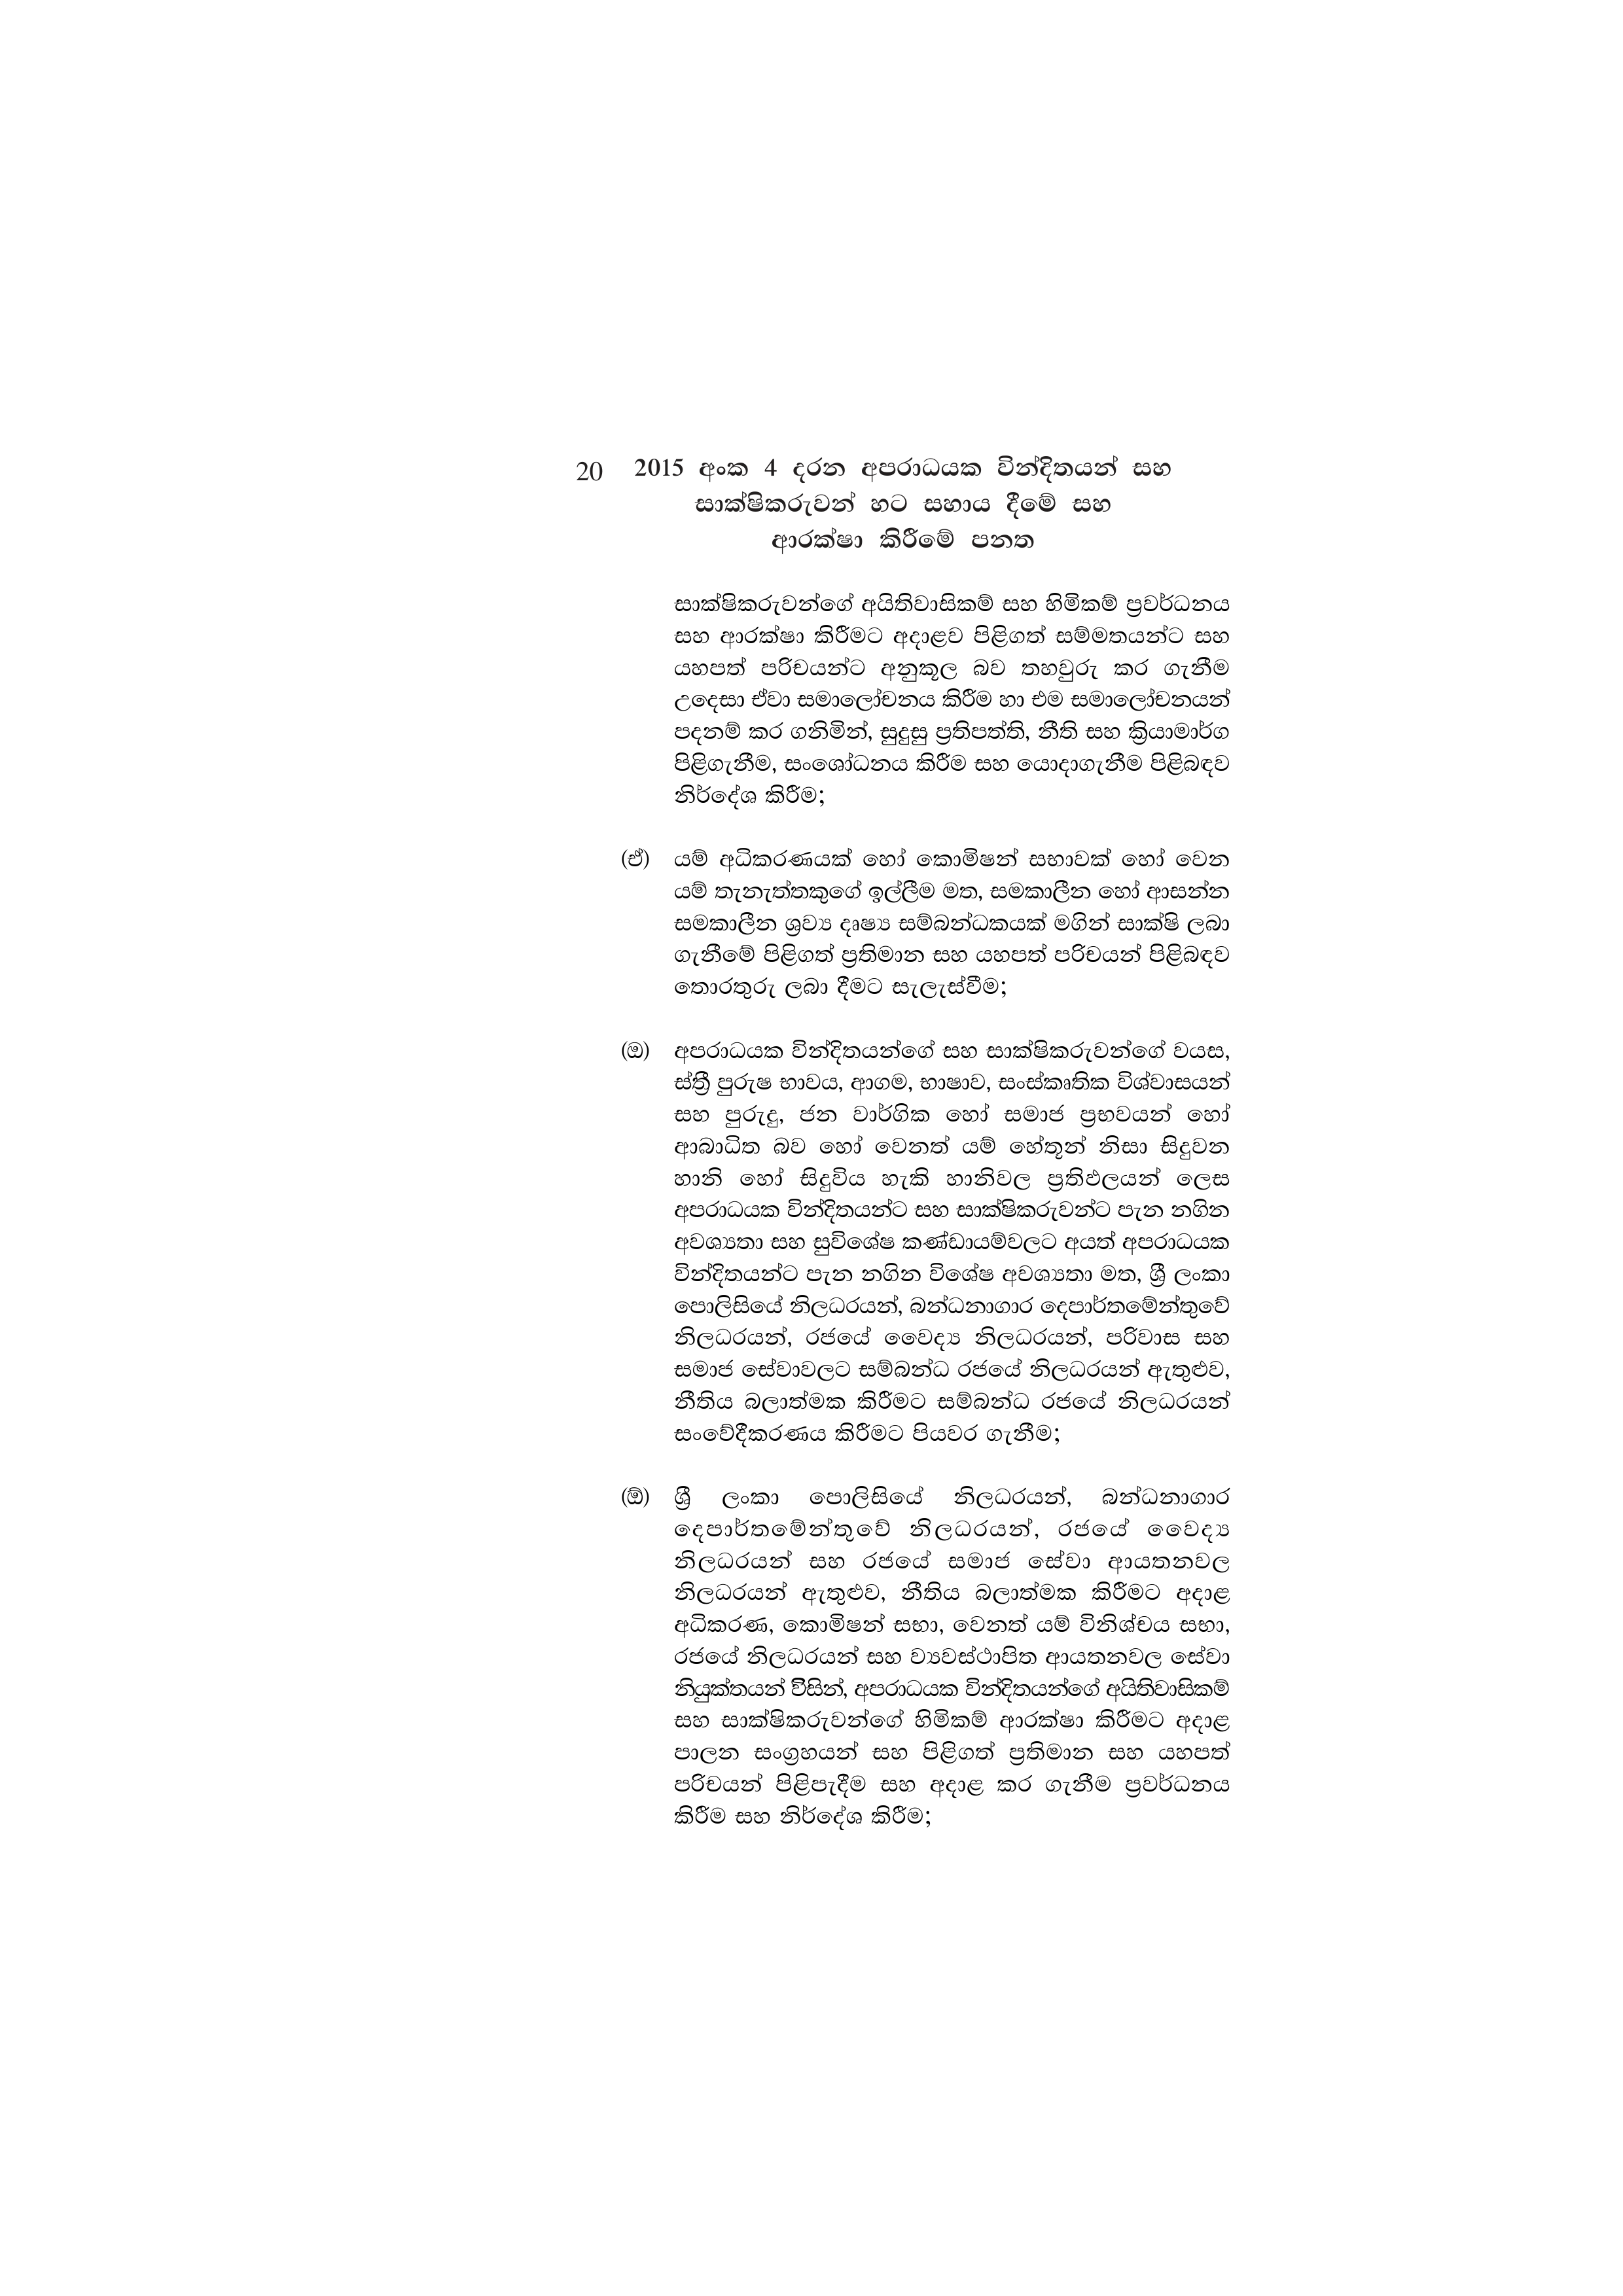
20 2015 අංක 4 දරන අපරාධයක වින්දිතයන් සහ
සාක්ෂිකරුවන් හට සහාය දීමේ සහ
ආරක්ෂා කිරීමේ පනත

සාක්ෂිකරුවන්ගේ අයිතිවාසිකම් සහ හිමිකම් ප්‍රවර්ධනය
සහ ආරක්ෂා කිරීමට අදාළව පිළිගත් සම්මතයන්ට සහ
යහපත් පරිචයන්ට අනුකූල බව තහවුරු කර ගැනීම
උදෙසා ඒවා සමාලෝචනය කිරීම හා එම සමාලෝචනයන්
පදනම් කර ගනිමින්, සුදුසු ප්‍රතිපත්ති, නීති සහ ක්‍රියාමාර්ග
පිළිගැනීම, සංශෝධනය කිරීම සහ යොදාගැනීම පිළිබඳව
නිර්දේශ කිරීම;

(ඒ) යම් අධිකරණයක් හෝ කොමිෂන් සභාවක් හෝ වෙන
යම් තැනැත්තකුගේ ඉල්ලීම මත, සමකාලීන හෝ ආසන්න
සමකාලීන ශ්‍රව්‍ය දෘෂ්‍ය සම්බන්ධකයක් මගින් සාක්ෂි ලබා
ගැනීමේ පිළිගත් ප්‍රතිමාන සහ යහපත් පරිචයන් පිළිබඳව
තොරතුරු ලබා දීමට සැලැස්වීම;

(ඔ) අපරාධයක වින්දිතයන්ගේ සහ සාක්ෂිකරුවන්ගේ වයස,
ස්ත්‍රී පුරුෂ භාවය, ආගම, භාෂාව, සංස්කෘතික විශ්වාසයන්
සහ පුරුදු, ජන වාර්ගික හෝ සමාජ ප්‍රභවයන් හෝ
ආබාධිත බව හෝ වෙනත් යම් හේතූන් නිසා සිදුවන
හානි හෝ සිදුවිය හැකි හානිවල ප්‍රතිඵලයන් ලෙස
අපරාධයක වින්දිතයන්ට සහ සාක්ෂිකරුවන්ට පැන නගින
අවශ්‍යතා සහ සුවිශේෂ කණ්ඩායම්වලට අයත් අපරාධයක
වින්දිතයන්ට පැන නගින විශේෂ අවශ්‍යතා මත, ශ්‍රී ලංකා
පොලිසියේ නිලධරයන්, බන්ධනාගාර දෙපාර්තමේන්තුවේ
නිලධරයන්, රජයේ වෛද්‍ය නිලධරයන්, පරිවාස සහ
සමාජ සේවාවලට සම්බන්ධ රජයේ නිලධරයන් ඇතුළුව,
නීතිය බලාත්මක කිරීමට සම්බන්ධ රජයේ නිලධරයන්
සංවේදීකරණය කිරීමට පියවර ගැනීම;

(ඕ) ශ්‍රී ලංකා පොලිසියේ නිලධරයන්, බන්ධනාගාර
දෙපාර්තමේන්තුවේ නිලධරයන්, රජයේ වෛද්‍ය
නිලධරයන් සහ රජයේ සමාජ සේවා ආයතනවල
නිලධරයන් ඇතුළුව, නීතිය බලාත්මක කිරීමට අදාළ
අධිකරණ, කොමිෂන් සභා, වෙනත් යම් විනිශ්චය සභා,
රජයේ නිලධරයන් සහ ව්‍යවස්ථාපිත ආයතනවල සේවා
නියුක්තයන් විසින්, අපරාධයක වින්දිතයන්ගේ අයිතිවාසිකම්
සහ සාක්ෂිකරුවන්ගේ හිමිකම් ආරක්ෂා කිරීමට අදාළ
පාලන සංග්‍රහයන් සහ පිළිගත් ප්‍රතිමාන සහ යහපත්
පරිචයන් පිළිපැදීම සහ අදාළ කර ගැනීම ප්‍රවර්ධනය
කිරීම සහ නිර්දේශ කිරීම;